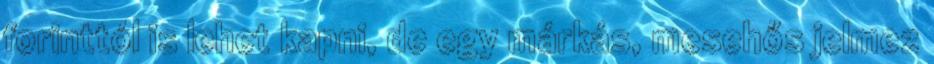
forinttól is lehet kapni, de egy márkás, mesehős jelmez